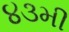
૪૩મી